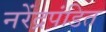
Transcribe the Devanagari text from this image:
नरेंद्रपंडित